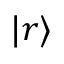
| r \rangle